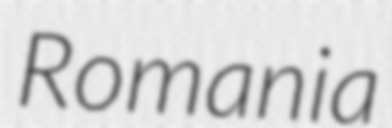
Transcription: Romania